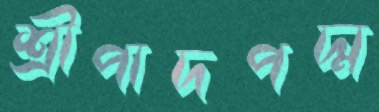
শ্রীপাদপদ্ম